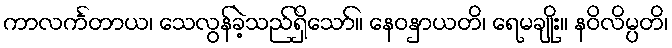
ကာလင်္ကတာယ၊ သေလွန်ခဲ့သည်ရှိသော်။ နေဝနှာယတိ၊ ရေမချိုး။ နဝိလိမ္ပတိ၊